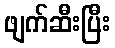
ဖျက်ဆီးပြီး